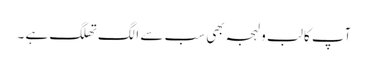
آپ کا لب و لہجہ بھی سب سے الگ تھلگ ہے ۔